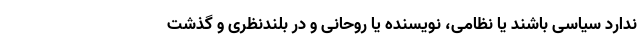
ندارد سیاسی باشند یا نظامی، نویسنده یا روحانی و در بلندنظری و گذشت